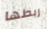
ربطها